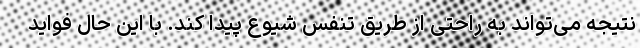
نتیجه می‌تواند به راحتی از طریق تنفس شیوع پیدا کند. با این حال فواید